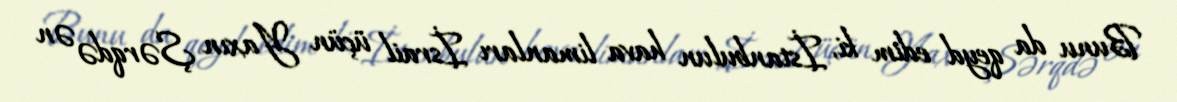
Bunu da qeyd edim ki, İstanbulun hava limanları İsrail üçün Yaxın Şərqdə ən